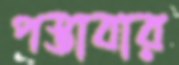
পস্তাবার